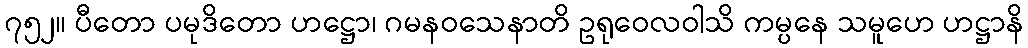
၇၅၂။ ပီတော ပမုဒိတော ဟဋ္ဌော၊ ဂမနဝသေနာတိ ဥရုဝေလဝါသိ ကမ္ပနေ သမူဟေ ဟဋ္ဌာနိ